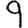
Digit: 9